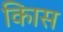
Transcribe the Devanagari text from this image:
किास